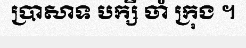
ប្រាសាទ បក្សី ចាំ ក្រុង ។